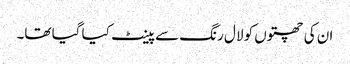
ان کی چھتوں کو لال رنگ سے پینٹ کیا گیا تھا۔